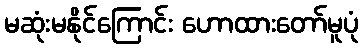
မဆုံးမနိုင်ကြောင်း ဟောထားတော်မူပုံ